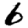
Digit: 6